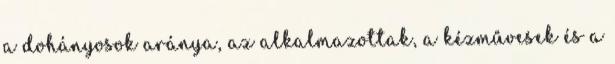
a dohányosok aránya, az alkalmazottak, a kézművesek és a